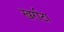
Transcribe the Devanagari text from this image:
खर्राटा